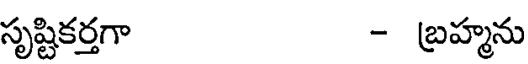
సృష్టికర్తగా - బ్రహ్మను